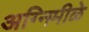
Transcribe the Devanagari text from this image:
अग्निमीळे